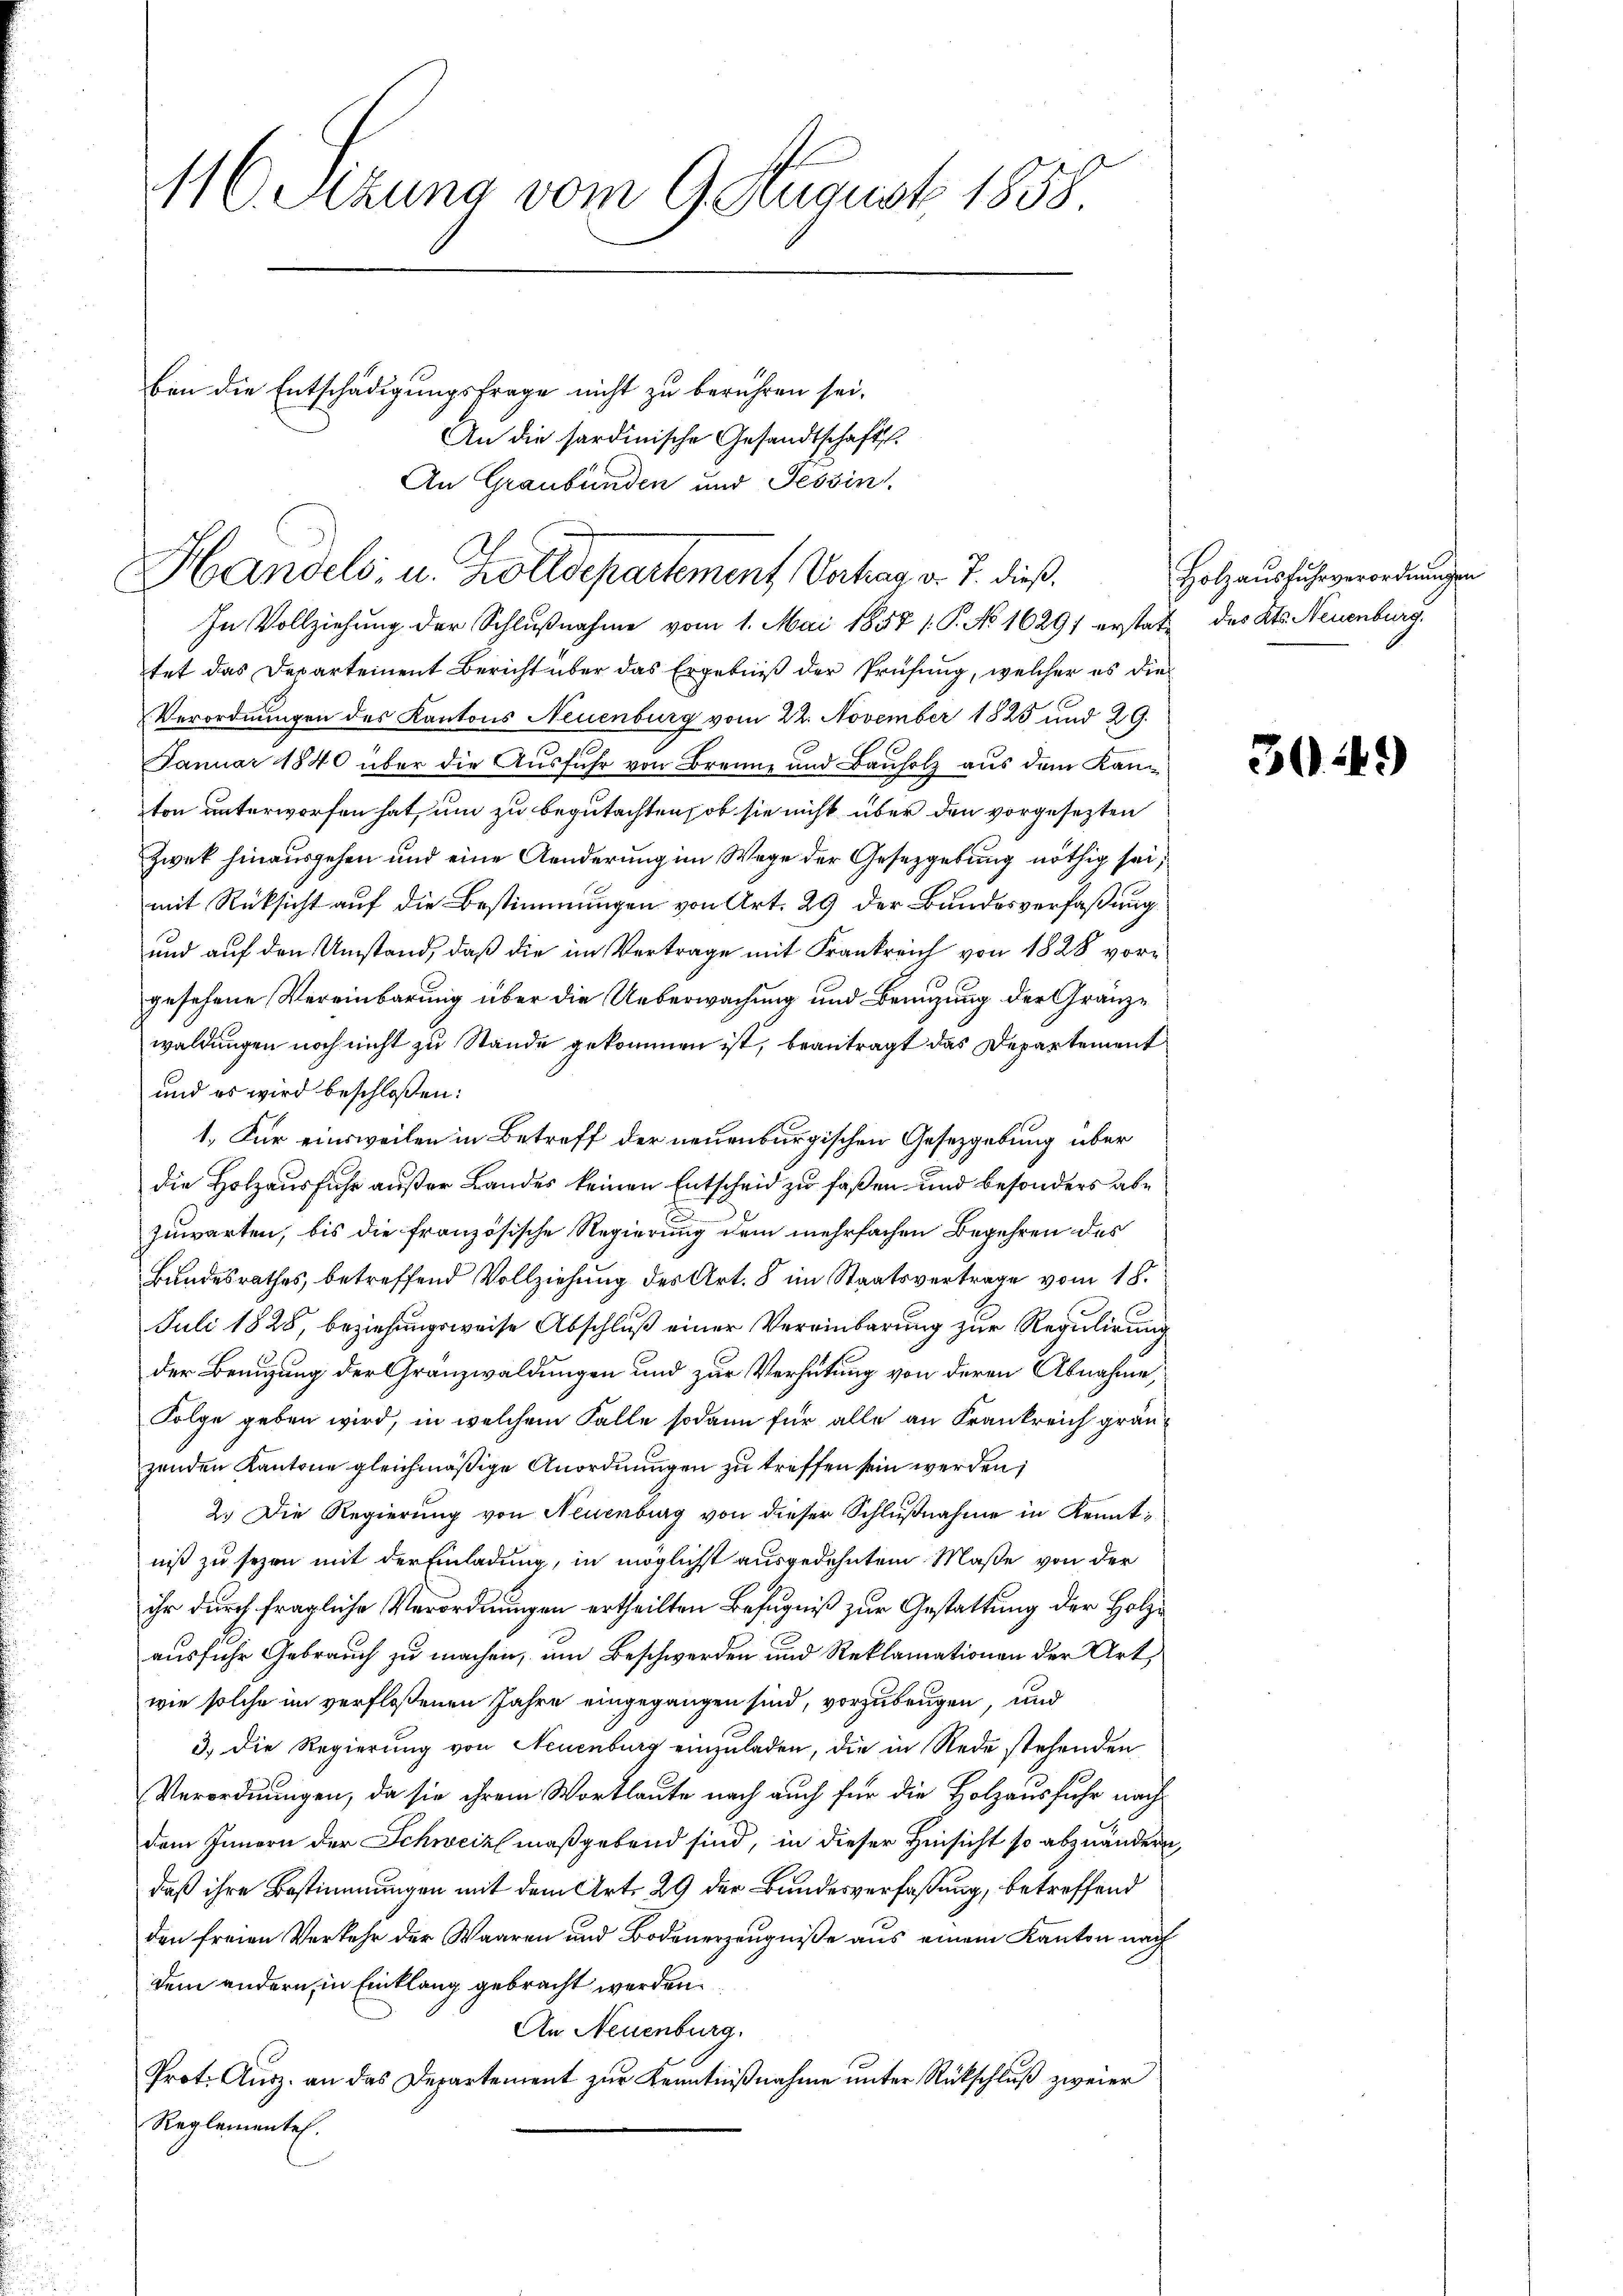
16. Sitzung vom 9. August 1858
ben die Entschädigungsfrage nicht zu berühren sei.

An die sardinische Gesandtschafts
In Vollziehung der Schlußnahme vom 1. Mai 1858 1. P. No 16297 erstat des Kts. Neuenburg.
tet das Departement Bericht über das Ergebniß der Prüfung, welcher es die
Verordnungen des Kantons Neuenburg vom 22. November 1825 und 29.
Januar 1840 über die Ausfuhr von Brenne und Bauholz aus dem Kanton unterworfen hat, um zu begutachten, ob sie nicht über den vorgesezten
Zwek hinausgehen und eine Aenderung im Wege der Gesetzgebung nöthig sei,
mit Rücksicht auf die Bestimmungen von Art. 29 der Bundesverfaßung
und auf den Umstand, daß die im Vertrage mit Frankreich von 1828 vorgesehene Vereinbarung über die Ueberwachung und Benutzung der Gränzwaldungen noch nicht zu Stände gekommen ist, beantragt das Departement
und es wird beschloßen:
1. Für einsweilen in Betreff der neuenburgischen Gesetzgebung über
die Holzausfuhr außer Landes keinen Entscheid zu faßen und besonders abe
zuwarten, bis die französische Regierung dem mehrfachen Begehren des
Bundesrathes, betreffend Vollziehung des Art. 8 im Staatsvertrage vom 18.
Juli 1828, beziehungsweise Abschluß einer Vereinbarung zur Regulirung
der Benutzung der Gränzwaldungen und zur Verhütung von deren Abnahme,
Folge geben wird, in welchem Falle sodann für alle an Frankreich gränzenden Kantone gleichmäßige Anordnungen zu treffen sein werden;
2. Die Regierung von Neuenburg von dieser Schlußnahme in Kenntniß zu sezen mit der Einladung, in möglichst ausgedehntem Maße von der
ihr durch fragliche Verordnungen ertheilten Befugniß zur Gestattung der Holzausfuhr Gebrauch zu machen, um Beschwerden und Reklamationen der Art,
wie solche im verflossenen Jahre eingegangen sind, vorzubeugen, und
3.) Die Regierung von Neuenburg einzuladen, die in Rede stehenden
Verordnungen, da sie ihrem Wortlaute nach auch für die Holzausfuhr nachdem Innern der Schweiz maßgebend sind, in dieser Hinsicht so abzuändern,
daß ihre Bestimmungen mit dem Art. 29 der Bundesverfaßung, betreffend
den freien Verkehr der Waaren und Bodenerzeugniße aus einem Kanton nach
dem andern, in Einklang gebracht werden.
An Neuenburg.
Prot. Ausz. an das Departement zur Kenntnißnahme unter Rückschluß zweier
Reglementel.

An Graubünden und Tessin
Handels, u. Zolldepartement Vertrag v. J. dieß¬

Holzausfuhrverordnungen

30249)